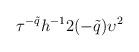
LaTeX: \begin{align*}\tau^{-\tilde{q}}h^{-1} 2(-\tilde{q})\upsilon^2\end{align*}